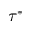
\tau ^ { * }